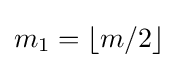
m_{1}=\left\lfloor m/2\right\rfloor